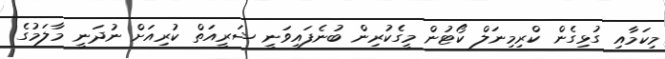
މިކަމާއި ގުޅިގެން ކްރިމިނަލް ކޯޓުން މީގެކުރިން ބުނެފައިވަނީ ޝަރީއަތް ކުރިއަށް ނުދަނީ މާލަމުގެ